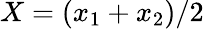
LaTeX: X=(x_{1}+x_{2})/2